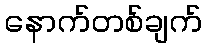
နောက်တစ်ချက်